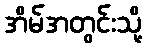
အိမ်အတွင်းသို့